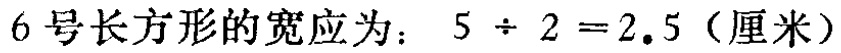
6号长方形的宽应为：\(5\div 2 = 2.5\)（厘米）